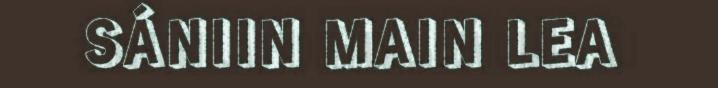
SÁNIIN MAIN LEA